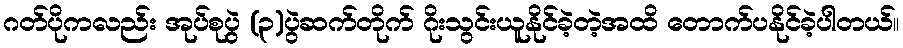
ဂတ်ပိုကလည်း အုပ်စုပွဲ (၃)ပွဲဆက်တိုက် ဂိုးသွင်းယူနိုင်ခဲ့တဲ့အထိ တောက်ပနိုင်ခဲ့ပါတယ်။